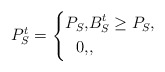
\begin{align*}P_S^t =\left\{\begin{aligned}P_S, & B_S^t \geq P_S, \\0, & ,\end{aligned}\right.\end{align*}